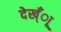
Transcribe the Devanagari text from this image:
देख्ँाू